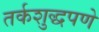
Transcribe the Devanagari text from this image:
तर्कशुद्धपणे